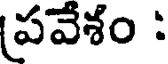
పవేశం :